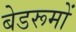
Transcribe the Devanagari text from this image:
बेडरूमों